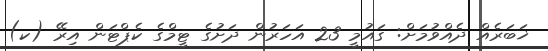
ޚަބަރެއް ދެއްވުމަށް: ގައުމީ 23 އަހަރުން ދަށުގެ ޓީމްގެ ކެޕްޓަން އިރޭ (ކ)